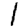
Digit: 1